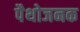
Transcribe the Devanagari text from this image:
पैथोजनक